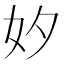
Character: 𡚵